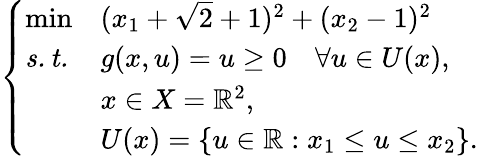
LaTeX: \left\{ \begin{array}{lll}{\operatorname*{min}}&{(x_{1}+\sqrt{2}+1)^{2}+(x_{2}-1)^{2}}\\ {\mathit{s.t.}}&{g(x,u)=u\geq 0\quad\forall u\in U(x),}\\ &{x\in X=\mathbb{R}^{2},}\\ &{U(x)=\{ u\in\mathbb{R}:x_{1}\leq u\leq x_{2}\} .}\end{array}\right.